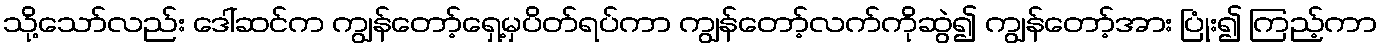
သို့သော်လည်း ဒေါ်ဆင်က ကျွန်တော့်ရှေ့မှပိတ်ရပ်ကာ ကျွန်တော့်လက်ကိုဆွဲ၍ ကျွန်တော့်အား ပြုံး၍ ကြည့်ကာ